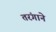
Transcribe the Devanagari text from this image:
तरंगाने